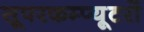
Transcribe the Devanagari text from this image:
सूपरकम्प्यूटरों